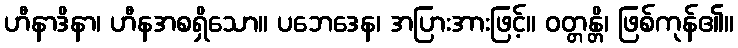
ဟီနာဒိနာ၊ ဟီနအစရှိသော။ ပဘေဒေန၊ အပြားအားဖြင့်။ ဝတ္တန္တိ၊ ဖြစ်ကုန်၏။